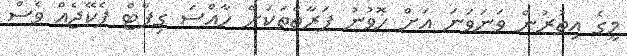
މީގެ އިތުރުން ވަނަވަނަ އަށް ހޮވުނު ފަރާތްތަކަށް ހާއްސަ ގިފްޓް ޕެކޭޖެއް ވެސް